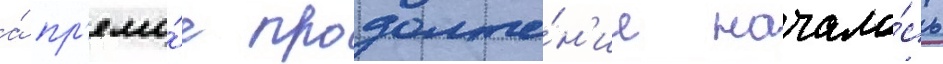
а́ пр'ямо́е продолже́н'ие начало́сь